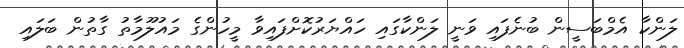
ލަންކާ އެމްބަސީން ބުނެފައި ވަނީ ލަންކާގައި ހައްޔަރުކޮށްފައިވާ މީހުންގެ މައުލޫމާތު ގާތުން ބަލައި